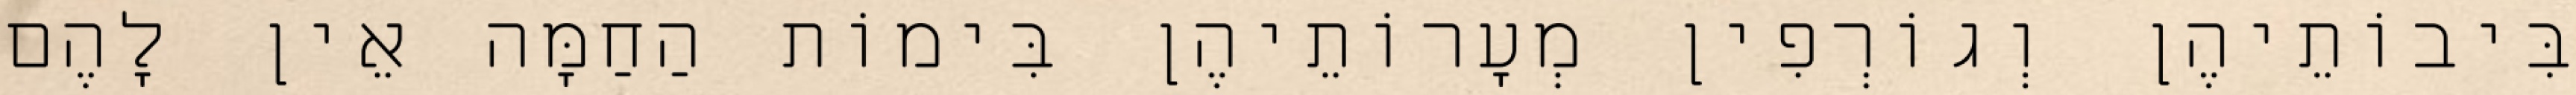
בִּיבוֹתֵיהֶן וְגוֹרְפִין מְעָרוֹתֵיהֶן בִּימוֹת הַחַמָּה אֵין לָהֶם